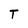
Character: T